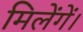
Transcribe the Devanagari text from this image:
मिलेंगें।